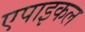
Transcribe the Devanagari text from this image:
एपाइकल